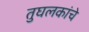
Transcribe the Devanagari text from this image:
तुघलकांचे